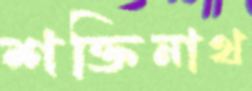
শক্তিনাথ